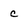
Character: c